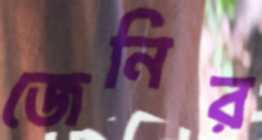
জেনির